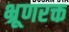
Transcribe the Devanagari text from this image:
भ्रूणरक्त